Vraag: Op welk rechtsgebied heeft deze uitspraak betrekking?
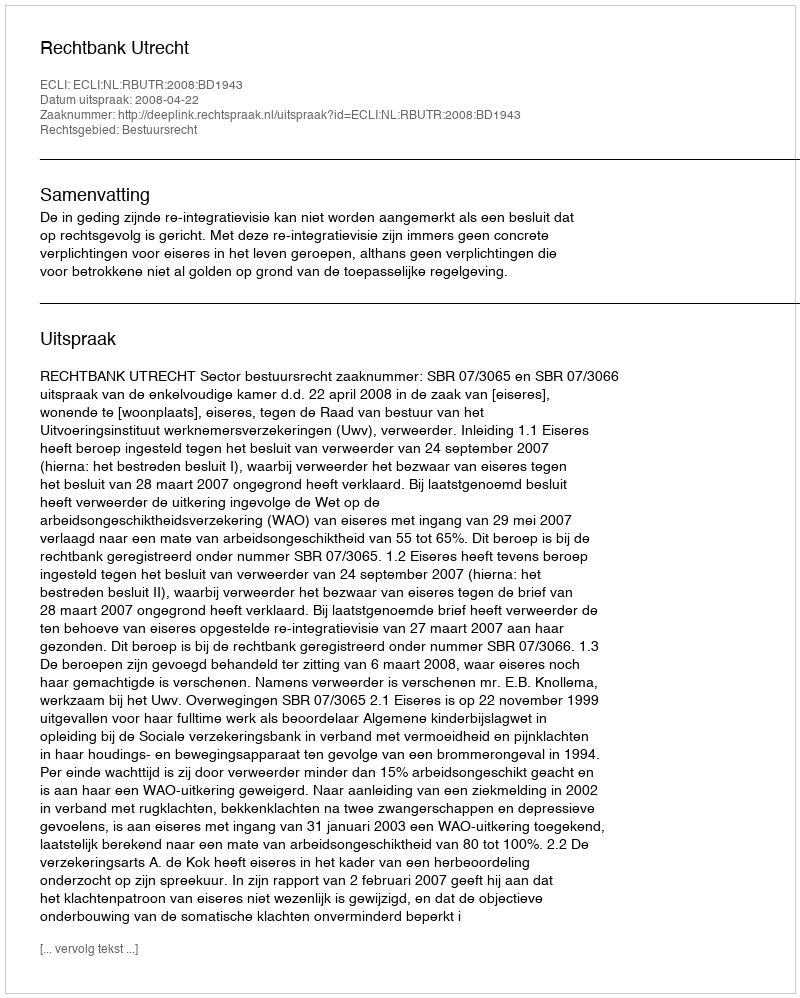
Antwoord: Bestuursrecht